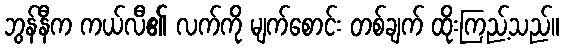
ဘွန်နီက ကယ်လီ၏ လက်ကို မျက်စောင်း တစ်ချက် ထိုးကြည့်သည်။